Annual statistical returns and brief notes on vaccination in Bengal - 1909-1929
Year: 1909
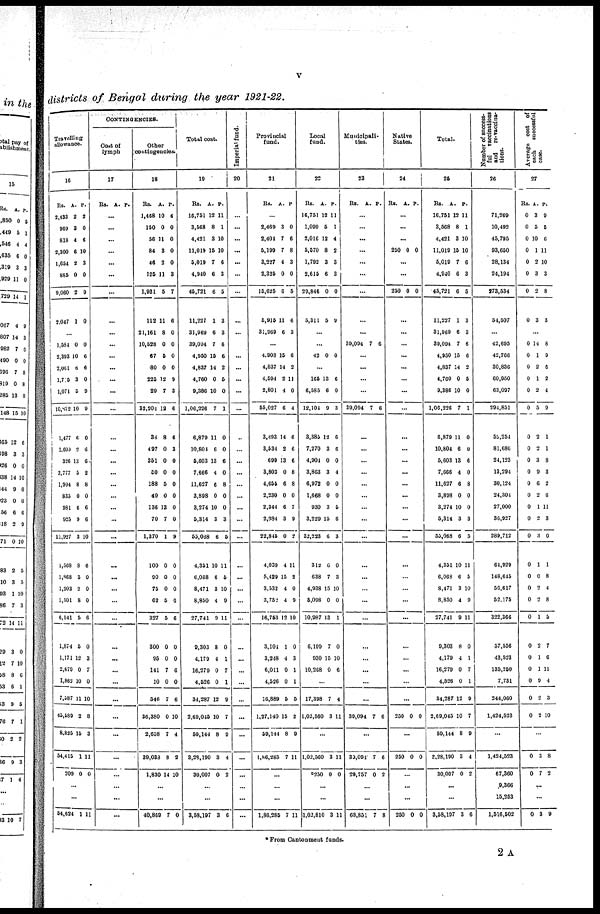
v
districts of Bengal during the year 1921-22.
Travelling
allowance.
16
Rs.
2,433
969
818
2,300
1,854
885
9,060
2,017
A.
2
3
4
6
2
0
2
1
P.
2
0
6
10
3
0
9
0
...
1,584
2,393
2,061
1,715
1,074
10,152
1,477
1,600
326
3,777
1,994
835
981
925
11,927
1,568
1,868
1,203
1,501
6,141
1,874
1,171
2,679
1,862
7,587
45,589
8,825
54,415
209
0
10
6
3
5
10
6
2
13
5
8
0
6
9
3
8
3
2
8
5
6
12
0
10
11
2
15
1
0
0
6
6
0
9
9
0
6
6
2
8
0
6
6
10
6
0
0
0
6
0
3
7
0
10
8
3
11
0
...
...
54,634 1 11
CONTINGENCIES.
Cost of
lymph
17
Rs. A. P.
...
...
...
...
...
...
...
...
...
...
...
...
...
...
...
...
...
...
...
...
...
...
...
...
...
...
...
...
...
...
...
...
...
...
...
...
...
...
...
...
...
Other
contingencies.
18
Rs.
1,468
150
58
84
46
125
1,981
113
21,161
10,528
67
80
225
29
32,304
36
497
351
50
188
40
136
70
1,370
100
90
75
62
327
300
95
141
10
546
36,380
8,658
39,083
1,830
A.
10
0
11
3
3
11
5
11
8
0
5
0
12
7
12
8
0
0
0
5
0
13
7
1
0
0
0
5
5
0
0
7
0
7
0
7
8
14
P.
4
0
0
0
0
8
7
6
0
0
0
0
9
8
6
6
3
0
0
0
0
0
0
9
0
0
0
6
6
0
0
6
0
6
10
4
2
10
...
...
40,869 7 0
Total cost.
19
Rs.
16,751
3,568
4,431
11,019
5,019
4,940
46,721
11,227
31,969
39,094
4,950
4,837
4,760
9,386
1,06,226
6,879
10,801
5,603
7,666
11,627
3,898
3,274
5,314
53,068
4,351
6,068
8,471
8,850
27,741
9,303
4,179
16,279
4,526
34,287
2,69,045
59,144
3,28,190
30,007
A.
12
8
3
15
7
6
6
1
6
7
15
14
0
10
7
11
6
13
4
6
0
10
3
6
10
6
3
4
9
8
4
0
0
12
10
8
3
0
P.
11
1
10
10
6
3
5
3
3
6
6
2
5
0
1
0
0
6
0
8
0
0
3
5
11
5
10
9
11
0
1
7
1
9
7
9
4
2
...
...
3,58,197 3 6
Imperial fund.
20
...
...
...
...
...
...
...
...
...
...
...
...
...
...
...
...
...
...
...
...
...
...
...
...
...
...
...
...
...
...
...
...
...
...
...
...
...
...
...
...
...
Provincial
fund.
21
Rs. A. P.
...
8,469
2,401
5,199
3,227
2,325
15,625
5,915
31,969
3
7
7
4
0
6
11
6
0
6
8
3
0
5
6
3
...
4,908
4,837
4,594
2,801
55,027
8,493
3,634
699
3,803
4,665
2,230
2,344
2,084
22,816
4,039
5,129
3,532
3,752
16,753
3,104
3,248
6,011
1,526
16,889
1,37,140
59,144
1,86,285
15
14
2
1
6
14
2
13
0
6
0
6
3
0
4
15
4
4
12
1
1
0
0
5
15
8
7
6
2
11
0
1
6
6
6
8
8
0
7
9
2
11
2
0
9
10
0
3
1
1
5
2
9
11
...
...
...
1,86,285 7 11
Local
fund.
22
Rs.
16,751
1,099
2,016
5,570
1,792
2,615
29,816
5,311
A.
13
5
12
8
3
6
0
5
P.
11
1
4
2
3
3
0
9
...
...
12 0 0
...
165
6,585
12,104
3,385
7,270
4,904
3,863
6,972
1,668
930
3,229
32,223
312
638
4,938
5,098
10,987
6,199
930
10,268
13
6
9
12
3
0
3
0
0
3
15
6
6
7
15
0
13
7
15
0
6
0
3
6
6
0
4
0
0
5
6
3
0
3
10
0
1
0
10
6
...
17,398
1,02,560
7
3
4
11
...
1,02,560
*250
3
0
11
0
...
1,02,810 3 11
Municipali¬
ties.
23
Rs. A. P.
...
...
...
...
...
...
...
...
...
39,094 7 6
...
...
...
...
39,094 7 6
...
...
...
...
...
...
...
...
...
...
...
...
...
...
...
...
...
...
...
39,094 7 6
...
39,094
29,757
7
0
6
2
...
...
68,851 7 8
Native
States.
24
Rs. A. P.
...
...
...
250 0 0
...
...
250 0 0
...
...
...
...
...
...
...
...
...
...
...
...
...
...
...
...
...
...
...
...
...
...
...
...
...
...
...
250 0 0
...
250 0 0
...
...
...
250 0 0
Total.
25
Rs.
16,751
3,568
4,421
11,019
5,019
4,910
45,721
11,227
31,969
39,094
4,950
4,837
4,760
9,386
1,06,226
6,879
10,804
5,603
7,666
11,627
3,898
3,274
5,314
53,068
4,351
6,068
8,471
8,850
27,741
9,303
4,179
16,279
4,526
34,287
2,69,045
59,144
2,28,190
30,007
A.
12
8
3
15
7
6
6
1
6
7
15
14
0
10
7
11
6
13
4
6
0
10
3
6
10
6
3
4
9
8
4
0
0
12
10
8
3
0
P.
11
1
10
10
6
3
5
3
3
6
6
2
5
0
1
0
0
6
0
8
0
0
3
5
11
5
10
9
11
0
1
7
1
9
7
9
4
2
...
...
3,58,197 3 6
Number of success¬
ful vaccinations
and re-vaccina-
tions.
26
71,269
10,492
45,795
93,650
28,134
24,194
273,534
51,507
...
12,695
12,766
30,836
60,950
63,097
294,851
52,254
81,686
21,123
13,294
30,124
24,304
27,000
36,927
289,712
64,929
118,645
56,617
52,175
322,366
57,556
43,523
135,250
7,731
244,060
1,424,523
...
1,424,523
67,360
9,366
15,253
1,516,502
Average cost of
each
successful
case.
27
Rs.
0
0
0
0
0
0
0
0
A.
3
5
10
1
2
3
2
3
P.
9
5
6
11
10
3
8
3
...
0
0
0
0
0
0
0
0
0
0
0
0
0
0
0
0
0
0
0
0
0
0
0
0
0
0
14
1
2
1
2
5
2
2
3
9
6
2
1
2
3
1
0
2
2
1
2
1
1
9
2
2
8
9
6
2
1
9
1
1
8
3
2
6
11
3
0
1
8
4
8
5
7
6
11
4
3
10
...
0
0
3
7
8
2
...
...
0 3 9
* From Cantonment funds.
2 A